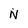
Character: N